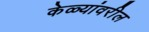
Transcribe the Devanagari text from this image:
केळ्यांवरील